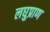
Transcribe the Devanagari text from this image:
लघुप्राण